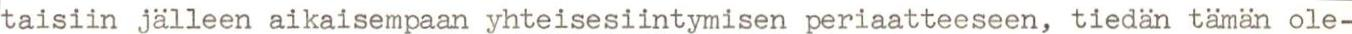
taisiin jälleen aikaisempaan yhteisesiintymisen periaatteeseen, tiedän tämän ole-